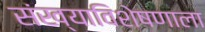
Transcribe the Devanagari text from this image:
संख्याविशेषणाला